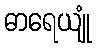
ဓာရေယျုံ